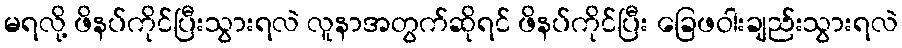
မရလို့ ဖိနပ်ကိုင်ပြီးသွားရလဲ လူနာအတွက်ဆိုရင် ဖိနပ်ကိုင်ပြီး ခြေဖဝါးချည်းသွားရလဲ